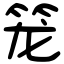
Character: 笼